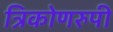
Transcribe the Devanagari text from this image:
त्रिकोणरुपी